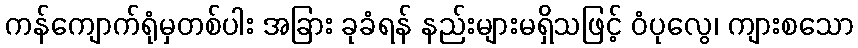
ကန်ကျောက်ရုံမှတစ်ပါး အခြား ခုခံရန် နည်းများမရှိသဖြင့် ဝံပုလွေ၊ ကျားစသော